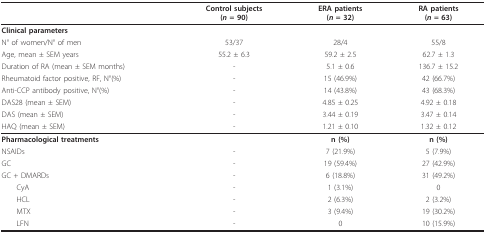
|  | Control subjects(n = 90) | ERA patients(n = 32) | RA patients(n = 63) |
 | --- | --- | --- | --- |
 | Clinical parameters |  |  |  |
 | N° of women/N° of men | 53/37 | 28/4 | 55/8 |
 | Age, mean ± SEM years | 55.2 ± 6.3 | 59.2 ± 2.5 | 62.7 ± 1.3 |
 | Duration of RA (mean ± SEM months) | - | 5.1 ± 0.6 | 136.7 ± 15.2 |
 | Rheumatoid factor positive, RF, N°(%) | - | 15 (46.9%) | 42 (66.7%) |
 | Anti-CCP antibody positive, N°(%) | - | 14 (43.8%) | 43 (68.3%) |
 | DAS28 (mean ± SEM) | - | 4.85 ± 0.25 | 4.92 ± 0.18 |
 | DAS (mean ± SEM) | - | 3.44 ± 0.19 | 3.47 ± 0.14 |
 | HAQ (mean ± SEM) | - | 1.21 ± 0.10 | 1.32 ± 0.12 |
 | Pharmacological treatments |  | n (%) | n (%) |
 | NSAIDs | - | 7 (21.9%) | 5 (7.9%) |
 | GC | - | 19 (59.4%) | 27 (42.9%) |
 | GC + DMARDs | - | 6 (18.8%) | 31 (49.2%) |
 | CyA | - | 1 (3.1%) | 0 |
 | HCL | - | 2 (6.3%) | 2 (3.2%) |
 | MTX | - | 3 (9.4%) | 19 (30.2%) |
 | LFN | - | 0 | 10 (15.9%) |